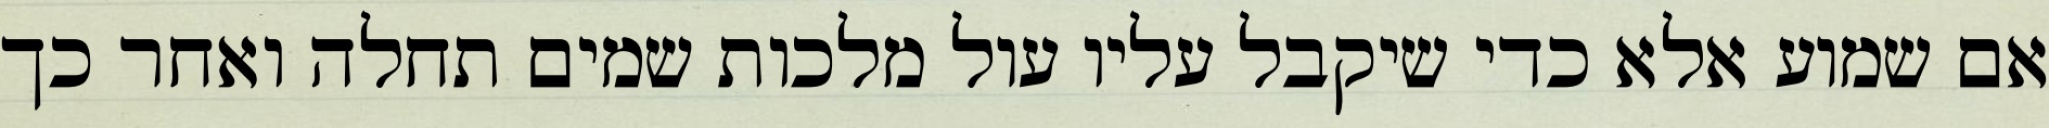
אם שמוע אלא כדי שיקבל עליו עול מלכות שמים תחלה ואחר כך